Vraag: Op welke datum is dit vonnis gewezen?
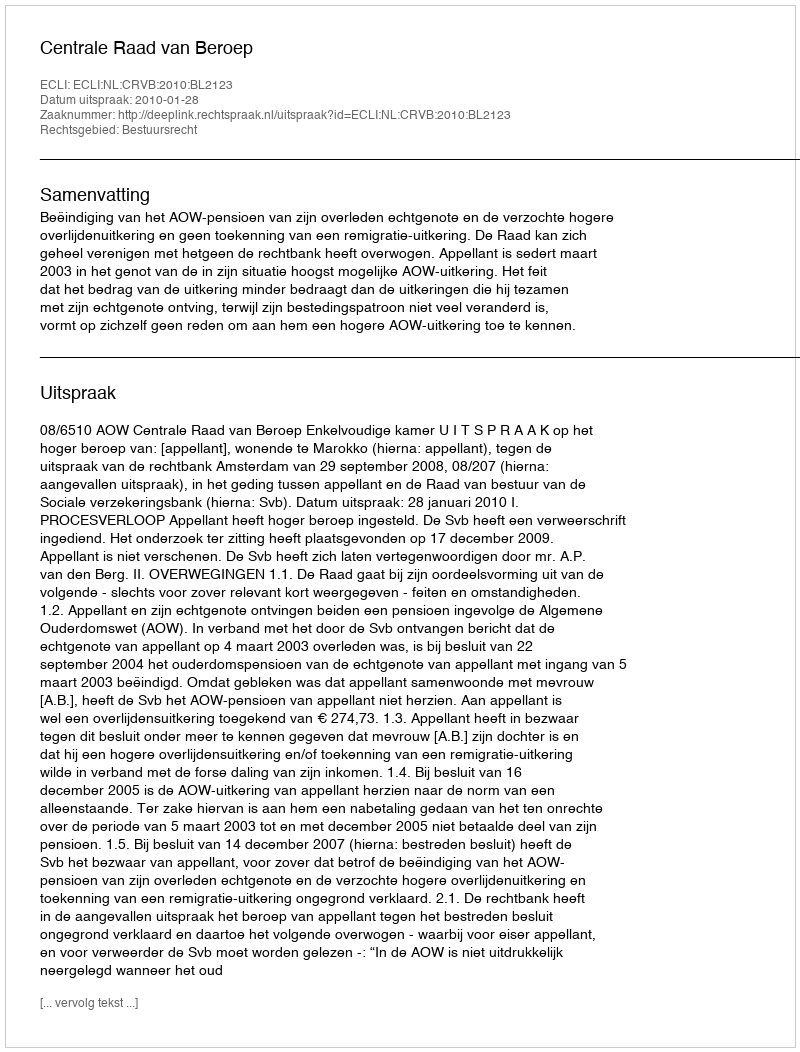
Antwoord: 2010-01-28